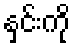
နှင်းကို